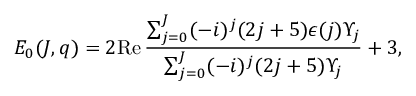
{ \cal E } _ { 0 } ( J , q ) = 2 \mathrm { R e } \, \frac { \sum _ { j = 0 } ^ { J } ( - i ) ^ { j } ( 2 j + 5 ) \epsilon ( j ) { \mit \Upsilon } _ { j } } { \sum _ { j = 0 } ^ { J } ( - i ) ^ { j } ( 2 j + 5 ) { \mit \Upsilon } _ { j } } + 3 ,